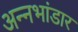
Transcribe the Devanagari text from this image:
अन्नभांडार